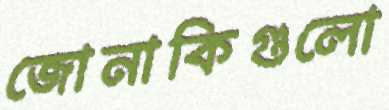
জোনাকিগুলো